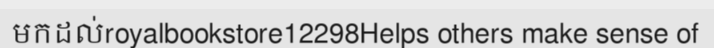
មកដល់royalbookstore12298Helps others make sense of